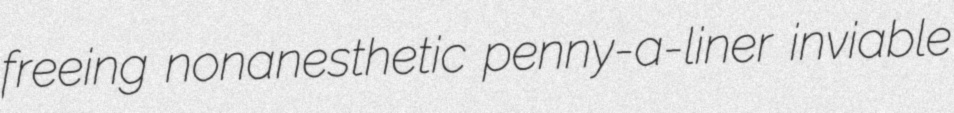
freeing nonanesthetic penny-a-liner inviable